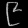
Digit: ၉